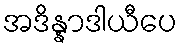
အဒိန္နာဒါယီပေ